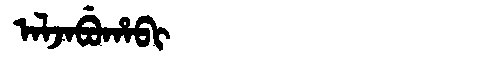
Manchu: ᠠᠯᠵᠠᠪᡠᡥᠠᠪᡳ
Romanization: ALJABUHABI